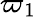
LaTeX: \varpi_{1}